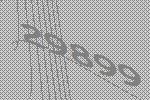
29899